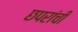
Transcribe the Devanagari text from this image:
छपरांची